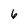
Character: 6